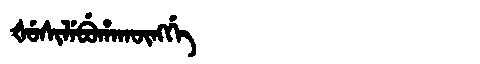
Manchu: ᡧᡠᠰᡳᠯᡝᠪᡠᡥᠠᡴᡡᠩᡤᡝ
Romanization: ŠUSILEBUHAKŪNGGE